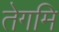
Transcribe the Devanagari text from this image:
तेगमि